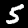
Digit: 5